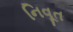
નિવૂત